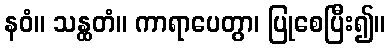
နဝံ။ သန္ထတံ။ ကာရာပေတွာ၊ ပြုစေပြီး၍။